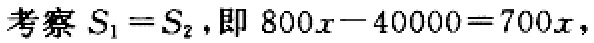
考察 \(S_{1}=S_{2}\)，即 \(800x - 40000 = 700x\)，